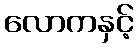
လောကနှင့်